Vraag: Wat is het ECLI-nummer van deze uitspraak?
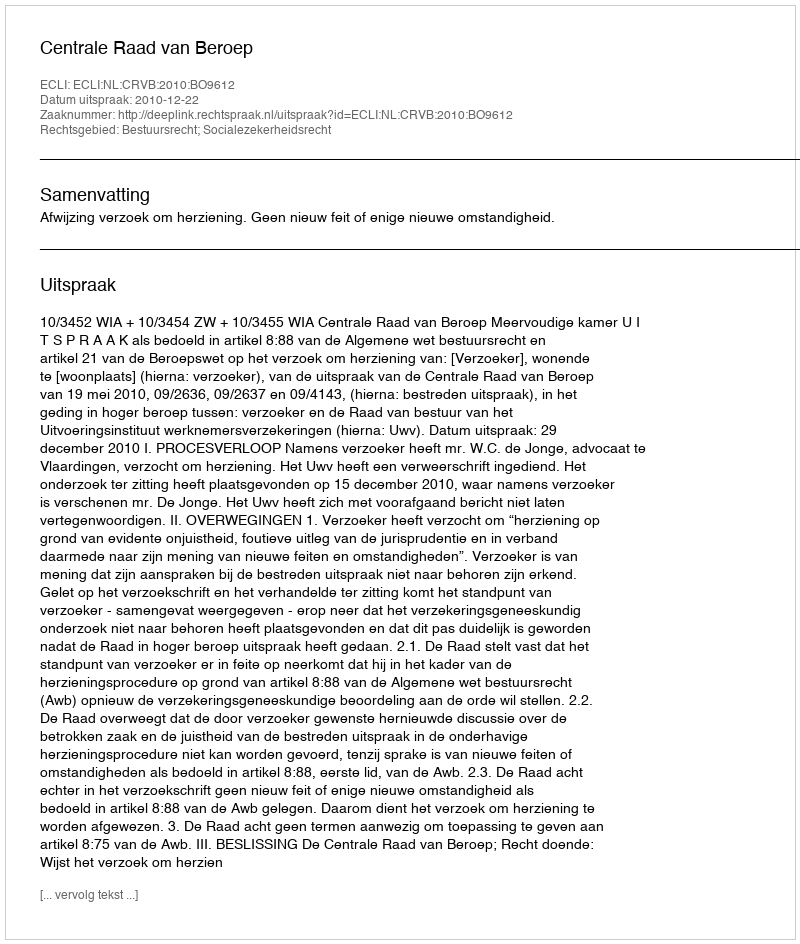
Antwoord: ECLI:NL:CRVB:2010:BO9612